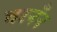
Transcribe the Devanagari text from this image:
चरनँन